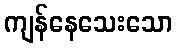
ကျန်နေသေးသော